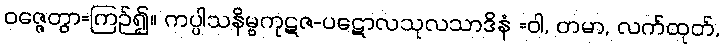
ဝဇ္ဇေတွာ=ကြဉ်၍။ ကပ္ပါသနိမ္ဗကုဋဇ-ပဋောလသုလသာဒိနံ =ဝါ, တမာ, လက်ထုတ်,